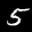
Label: 5